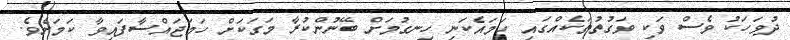
ދުވަހަކު ވެސް ވަކި ވަގުތުތަކެއްގައި ހަމައެކަނި ހިނގުމަށް ބޭނުންކުރާ މަގަކަށް ހަމަޖައްސާފައިވާ ކަމަށެވެ.